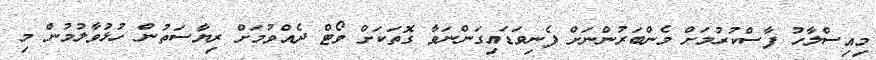
މިއިސްލާހު ފާސްކުރުމަށް މެންބަރުންނަށް ފެނިވަޑައިގަންނަވާ ގޮތަކަށް ވޯޓް ދެއްވުމަށް ރިޔާސަތުން ހުޅުވާލުމުން މި